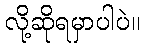
လို့ဆိုရမှာပါပဲ။